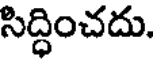
సిద్ధించదు.